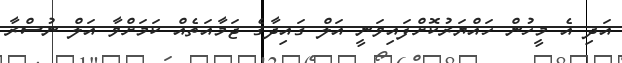
އަދި އެ މީހުން ހައްޔަރުކޮށްފައިވަނީ އަލް ގައިދާގެ ޖަމާއަތެއް ކަމަށްވާ އަލް ނުސްރާ